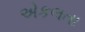
એકલતા